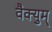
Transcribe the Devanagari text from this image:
वैक्युम्